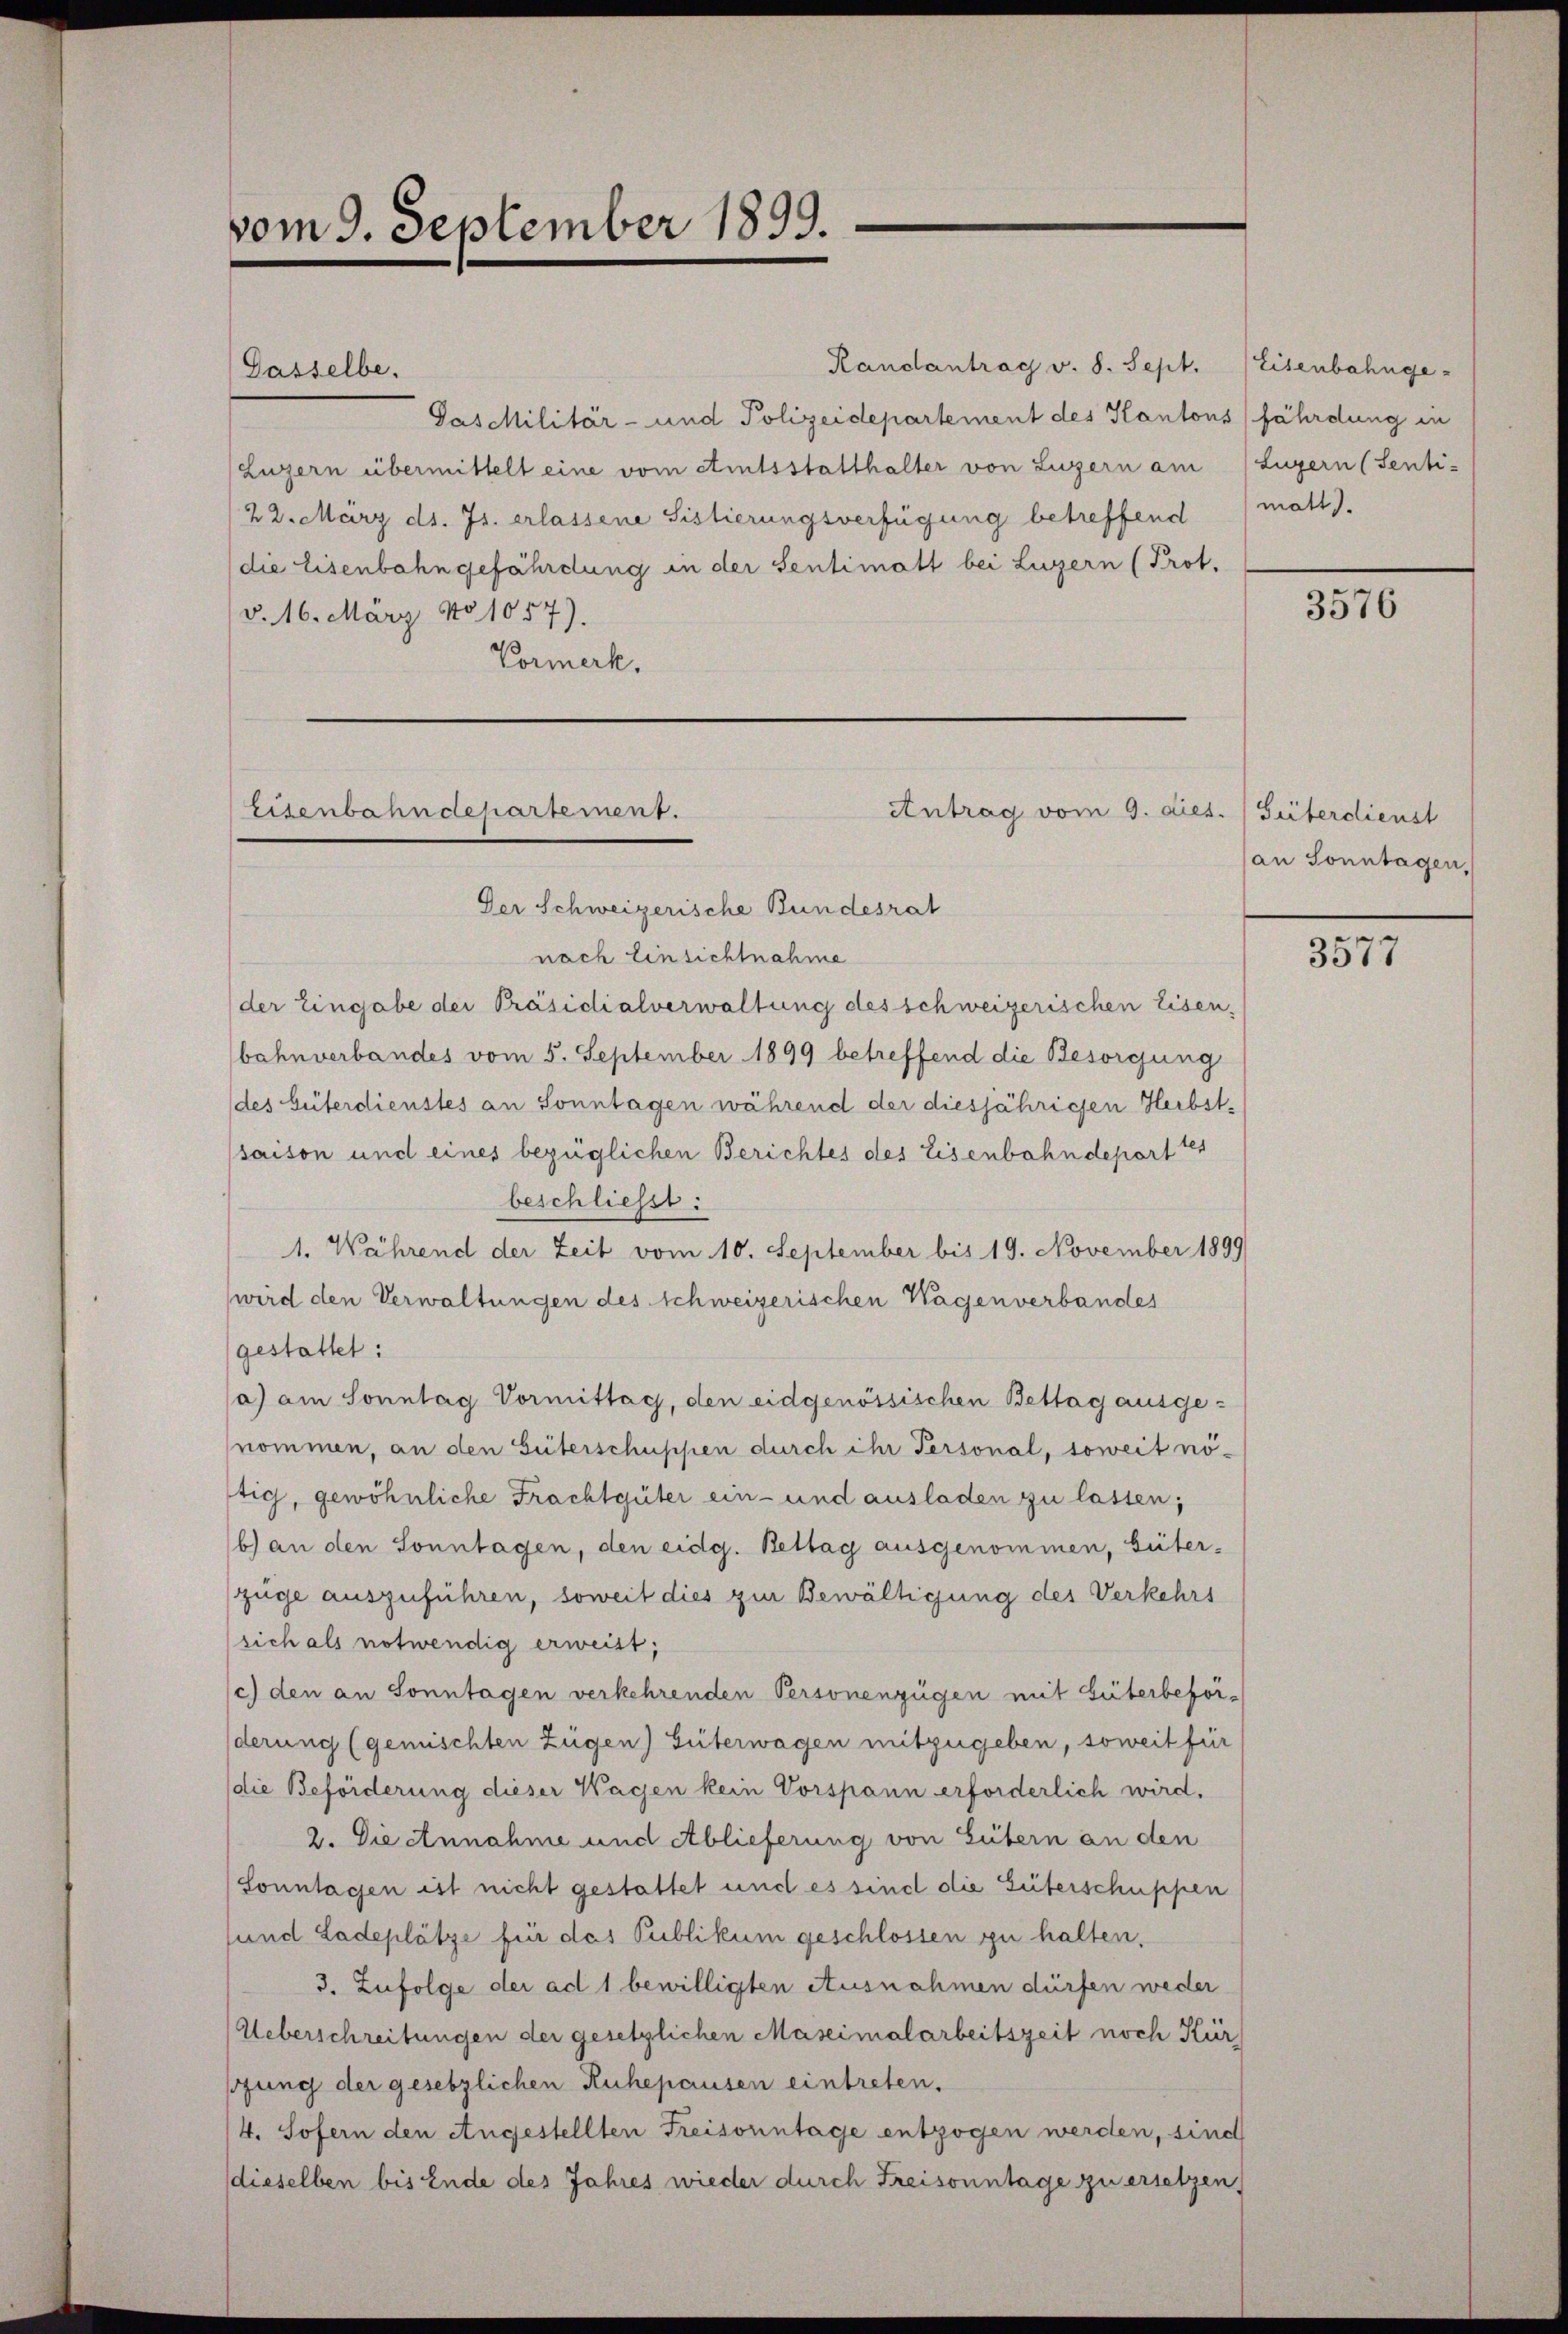
vom 9. September 1899.

Randantrag v. 8. Sept.
Pas Militär- und Polizeidepartement des Kantons fährdung in
Luzern übermittelt eine vom Amtsstatthalter von Luzern am
22. März d. Js. erlassene Sistierungsverfügung betreffend
die Eisenbahngefährdung in der Sentimatt bei Luzern (Prot.
(§. 16. März No 1057).
Vormerk.

Gasselbe.

Eisenbahndepartement.

Antrag vom 9. dies. Güterdienst

Der Schweizerische Bundesrat
nach Einsichtnahme
der Eingabe der Präsidialverwaltung des schweizerischen Eisen,
bahnverbandes vom 5. September 1899 betreffend die Besorgung
(des Güterdienstes an Sonntagen während der diesjährigen Herbstsaison und eines bezüglichen Berichtes des Eisenbahndepart
beschliesst:
1. Während der Zeit vom 10. September bis 19. November 1899
wird den Verwaltungen des Schweizerischen Wagen verbandes
gestattet:
a) am Sonntag Vormittag, den eidgenössischen Bettag ausge-
nommen, an den Güterschuppen durch ihr Personal, soweit nö-
tig, gewöhnliche Frachtgüter ein- und ausladen zu lassen;
b) an den Sonntagen, den eidg. Bettag ausgenommen, büter-
züge auszuführen, soweit dies zur Bewältigung des Verkehrs
sich als notwendig erweist;
c) den an Sonntagen verkehrenden Personenzügen mit Güterbeförderung (gemischten Zügen) Güterwagen mitzugeben, soweit für
die Beförderung dieser Wachen kein Vorspann erforderlich wird.
2. Die Annahme und Ablieferung von Gütern an den
Sonntagen ist nicht gestattet und es sind die Güterschuppen
sund Ladeplätze für das Publikum geschlossen zu halten,
3. Zufolge der ad 1 bewilligten Ausnahmen dürfen weder
Ueberschreitungen der gesetzlichen Maseimalarbeitszeit noch Kür
sung der gesetzlichen Ruhepausen eintreten.
4. Sofern den Angestellten Freisonntage entzogen werden, sind
dieselben bis Ende des Jahres wieder durch Freisonntage zu ersetzen,

Eisenbahnge¬
Luzern (Senti-
matt.

3576

an Sonntagen.

3577